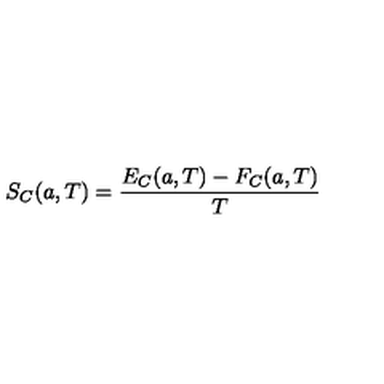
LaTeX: S _ { C } ( a , T ) = { \frac { E _ { C } ( a , T ) - F _ { C } ( a , T ) } { T } }